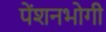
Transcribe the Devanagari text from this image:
पेंशनभोगी